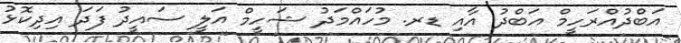
އަބްދުއްރަހީމް އަބްދު އާއި ޑރ. މުހައްމަދު ޝަހީމް އަލީ ސައީދު ފަދަ އިދިކޮޅު